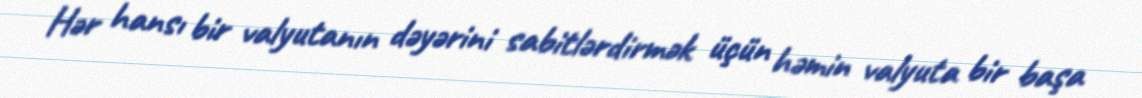
Hər hansı bir valyutanın dəyərini sabitlərdirmək üçün həmin valyuta bir başa